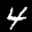
Label: 4